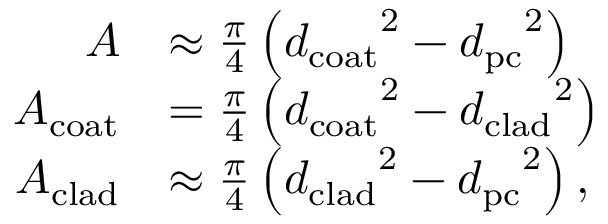
\begin{array} { r l } { A } & { \approx \frac { \pi } { 4 } \left( { d _ { \mathrm { c o a t } } } ^ { 2 } - { d _ { \mathrm { p c } } } ^ { 2 } \right) } \\ { A _ { \mathrm { c o a t } } } & { = \frac { \pi } { 4 } \left( { d _ { \mathrm { c o a t } } } ^ { 2 } - { d _ { \mathrm { c l a d } } } ^ { 2 } \right) } \\ { A _ { \mathrm { c l a d } } } & { \approx \frac { \pi } { 4 } \left( { d _ { \mathrm { c l a d } } } ^ { 2 } - { d _ { \mathrm { p c } } } ^ { 2 } \right) , } \end{array}